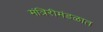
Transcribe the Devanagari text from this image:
मंत्रिरीमंडळात